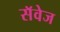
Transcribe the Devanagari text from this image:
सॅवेज